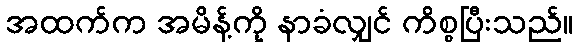
အထက်က အမိန့်ကို နာခံလျှင် ကိစ္စပြီးသည်။